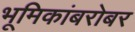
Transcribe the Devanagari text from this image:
भूमिकांबरोबर